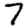
Digit: 7